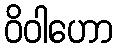
ဝိဝါဟော